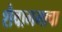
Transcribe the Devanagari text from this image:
शैवागमाचा